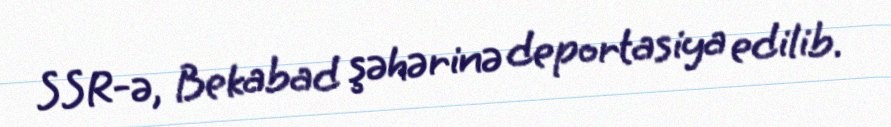
SSR-ə, Bekabad şəhərinə deportasiya edilib.